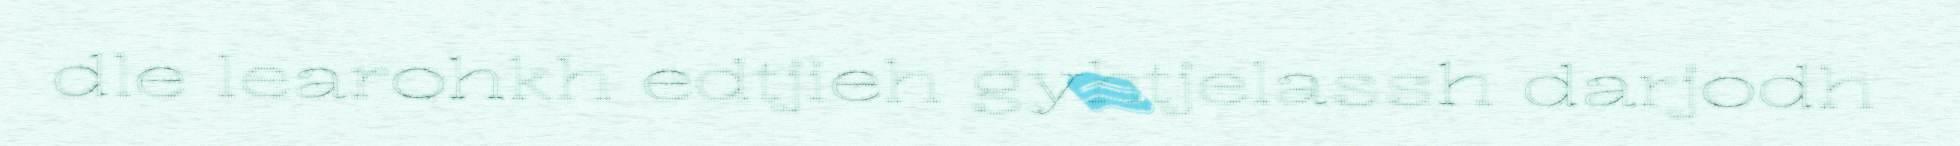
dle learohkh edtjieh gyhtjelassh darjodh